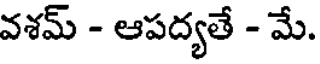
వశమ్ - ఆపద్యతే - మే.